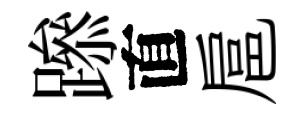
𨅶直扈